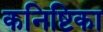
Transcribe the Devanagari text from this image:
कनिष्टिका